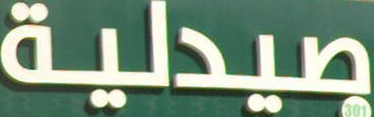
صيدلية